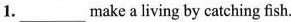
1.___make a living by catching fish.